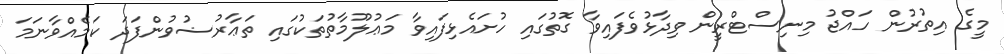
މީގެ އިތުރުން ހައްޖު މިނިސްޓްރީން ވިދާޅުވެފައިވާ ގޮތުގައި ހުށައެޅިފައިވާ މަޢުލޫމާތުތަކުގައި ތަޢާރުޟުވުންފަދަ ކަމެއްވާނަމަ